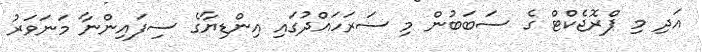
އަދި މި ޕްރޮޖެކްޓް ގެ ސަބަބުން މި ސަރަހައްދުގައި އިންޑިޔާގެ ސިފައިންނާ މަނަވަރު